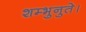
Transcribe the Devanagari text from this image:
शम्भुनुते।